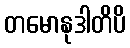
တမောနုဒါတိပိ